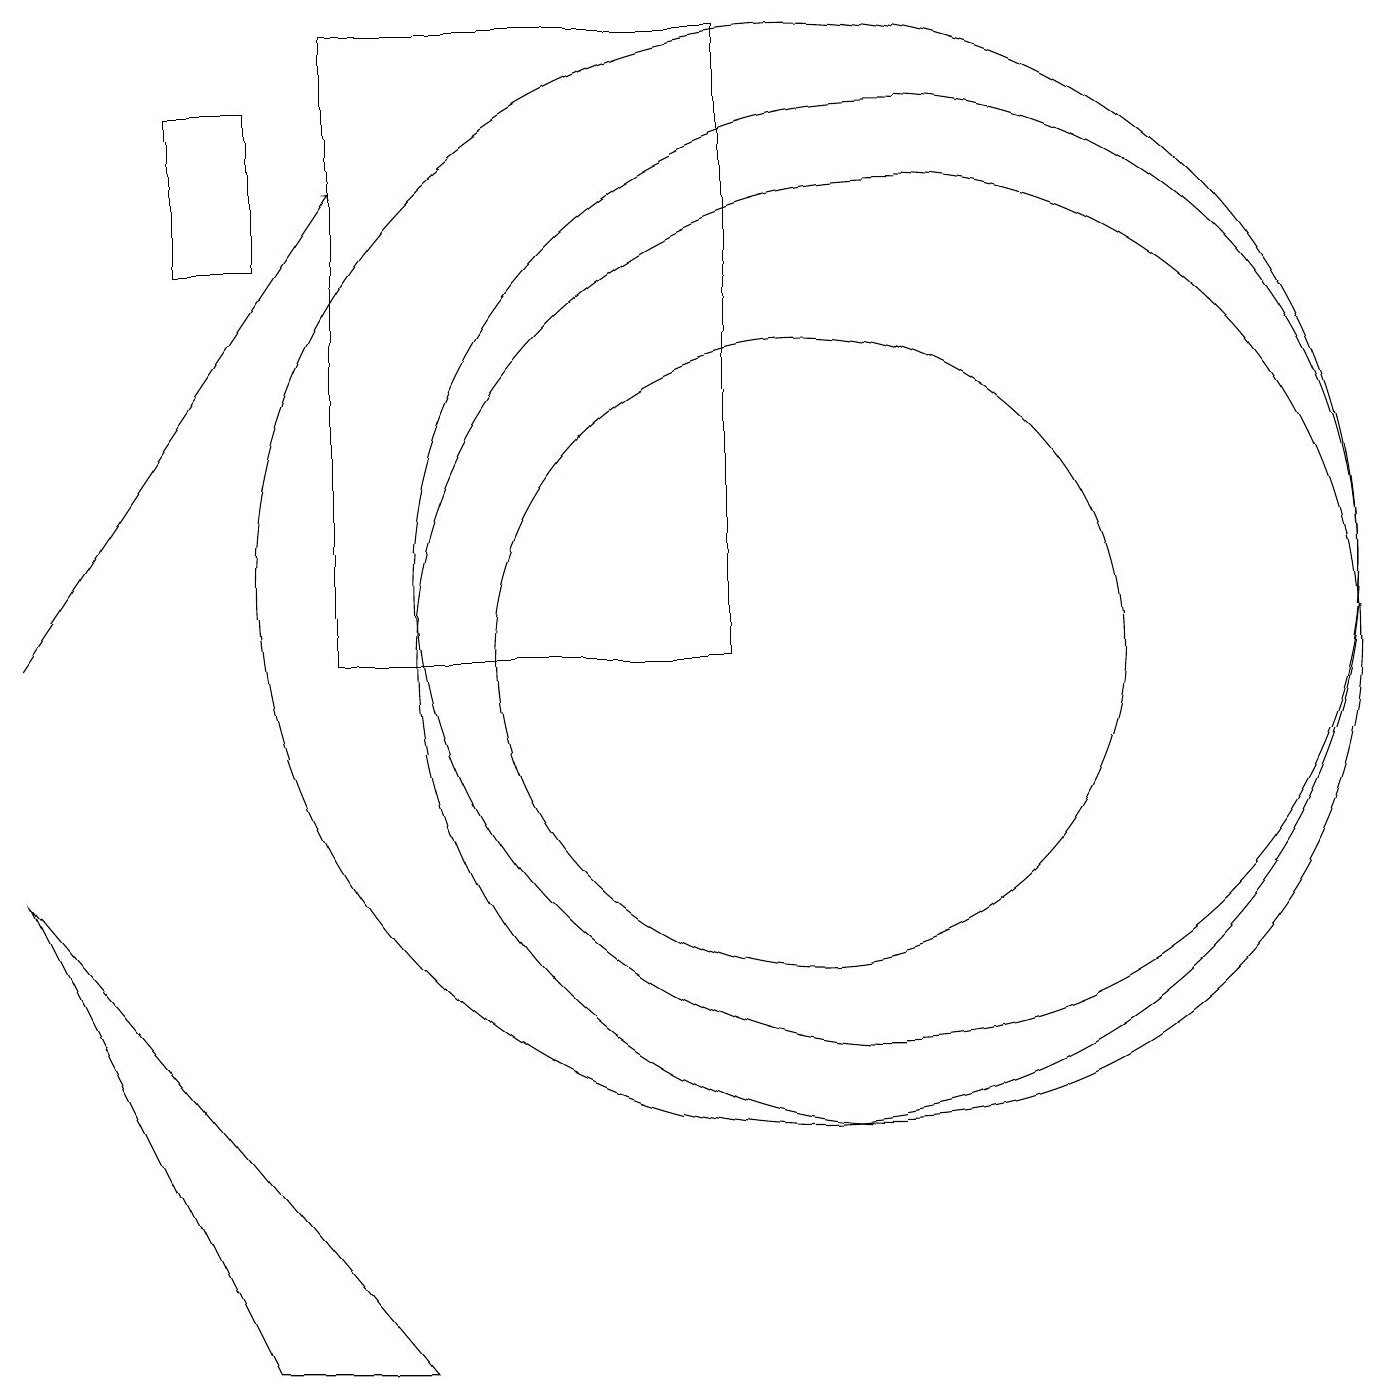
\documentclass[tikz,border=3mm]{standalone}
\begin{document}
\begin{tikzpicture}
\draw (2,17) rectangle (3,15);
\draw (0,7) -- (5,1) -- (3,1) -- cycle;
\draw (10,10) circle (4);
\draw (11,11) circle (6);
\draw (11,10) circle (6);
\draw (9,10) rectangle (4,18);
\draw (10,11) circle (7);
\draw[->] (0,10) -- (4,16);
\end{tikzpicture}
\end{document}